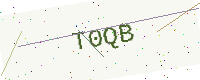
Text: T0QB